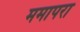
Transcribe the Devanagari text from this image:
ममापरा